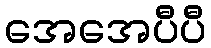
အေအေပီပီ